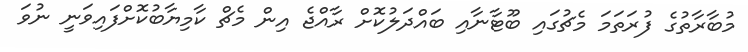
މުބާރާތުގެ ފުރަތަމަ މެޗުގައި ބޫޓާނާއި ބައްދަލުކޮށް ރާއްޖެ އިން މެޗް ކާމިޔާބުކޮށްފައިވަނީ ނުވަ